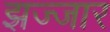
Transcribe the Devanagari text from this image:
झज्जार